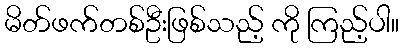
မိတ်ဖက်တစ်ဦးဖြစ်သည့် ကို ကြည့်ပါ။